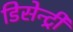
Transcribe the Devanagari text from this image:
डिसेन्ट्री